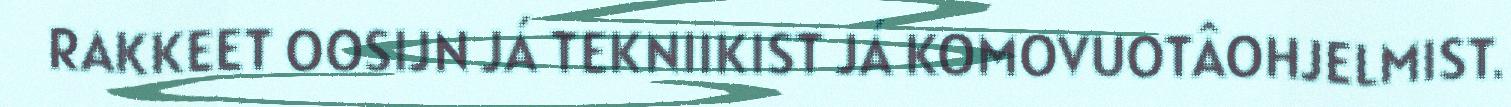
RAKKEET OOSIJN JÁ TEKNIIKIST JÁ KOMOVUOTÂOHJELMIST.